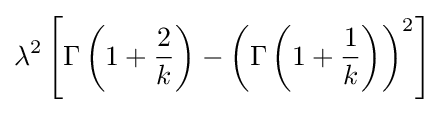
\lambda ^{2}\left[\Gamma \left(1+{\frac {2}{k}}\right)-\left(\Gamma \left(1+{\frac {1}{k}}\right)\right)^{2}\right]